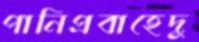
পানিপ্রবাহেদু